Report of the Municipal Commissioner on the plague in Bombay for the year ending 31st May... - Volume 1
Disease focus: Plague
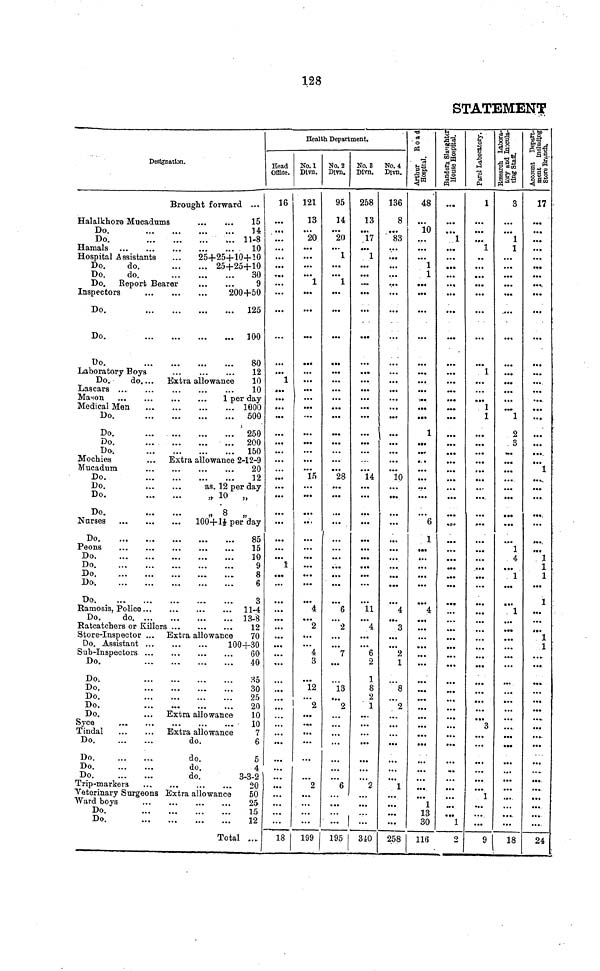
128
STATEMENT
Designation.
Brought forward ...
Halalkhore Mucadums
15
Do.
14
Do.
11-8
Hamals
10
Hospital Assistants
...
25+25+10+10
Do.
do.
25+25+10
Do.
do.
30
Do. Report Bearer
9
Inspectors
200+50
Do.
125
Do.
100
Do.
80
Laboratory Boys
12
Do.
do.... Extra allowance
10
Lascars
10
Mason
1 per day
Do.
500
Do.
250
Do.
200
Do.
150
Mochies
... Extra allowance 2-12-9
Mucadum
20
Do.
12
Do.
as. 12 per day
Do
„ 10 P „
Do.
„ 8 „
Nurses
100+l½
per day
Do
„
85
Peons
15
Do
10
Do
9
Do
8
Do
6
Do
3
Ramosis, Police
11-4
Do.
do
13-8
Ratcatchers or Killers
12
Store-Inspector ... Extra allowance
70
Do. Assistant
100+30
Sub-Inspectors
60
Do.
40
Do.
35
Do.
30
Do.
25
Do.
20
Do.
... Extra allowance
10
Syce
10
Do
do.
6
Do
do.
5
Do
do.
4
Do
do.
3-3-2
Trip-markers
20
Veterinary Surgeons Extra allowance
50
Ward boys
25
Total ...
Health Department.
Head
Office.
16
...
...
...
• • »
• ••
• •«
...
...
18
No. 1
Divn.
121
13
20
...
1
15
4
2
4
3
12
2
2
199
No. 2
Divn.
95
14
20
1
1
28
6
2
7
13
2
6
No. 3
No. 4
Divn.
Divn.
258
13
17
1
14
11
4
6
2
1
8
2
1
2
195
340
136
8
83
10
4
3
2
1
8
2
1
258
48
10
1
1
1
6
1
4
1
13
30
•••
...
1
116
2
1
1
1
1
...
3
1
...
9
3
1
2
3
1
4
1
1
...
...
18
17
• •*
1
1
1
1
1
1
1
...
...
24